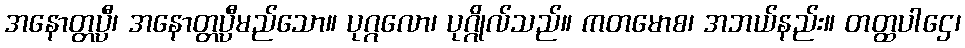
အနောတ္တပ္ပီ၊ အနောတ္တပ္ပီမည်သော။ ပုဂ္ဂလော၊ ပုဂ္ဂိုလ်သည်။ ကတမောစ၊ အဘယ်နည်း။ တတ္ထပါဌေ၊